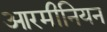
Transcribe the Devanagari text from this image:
आरमीनियन